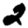
Digit: 2